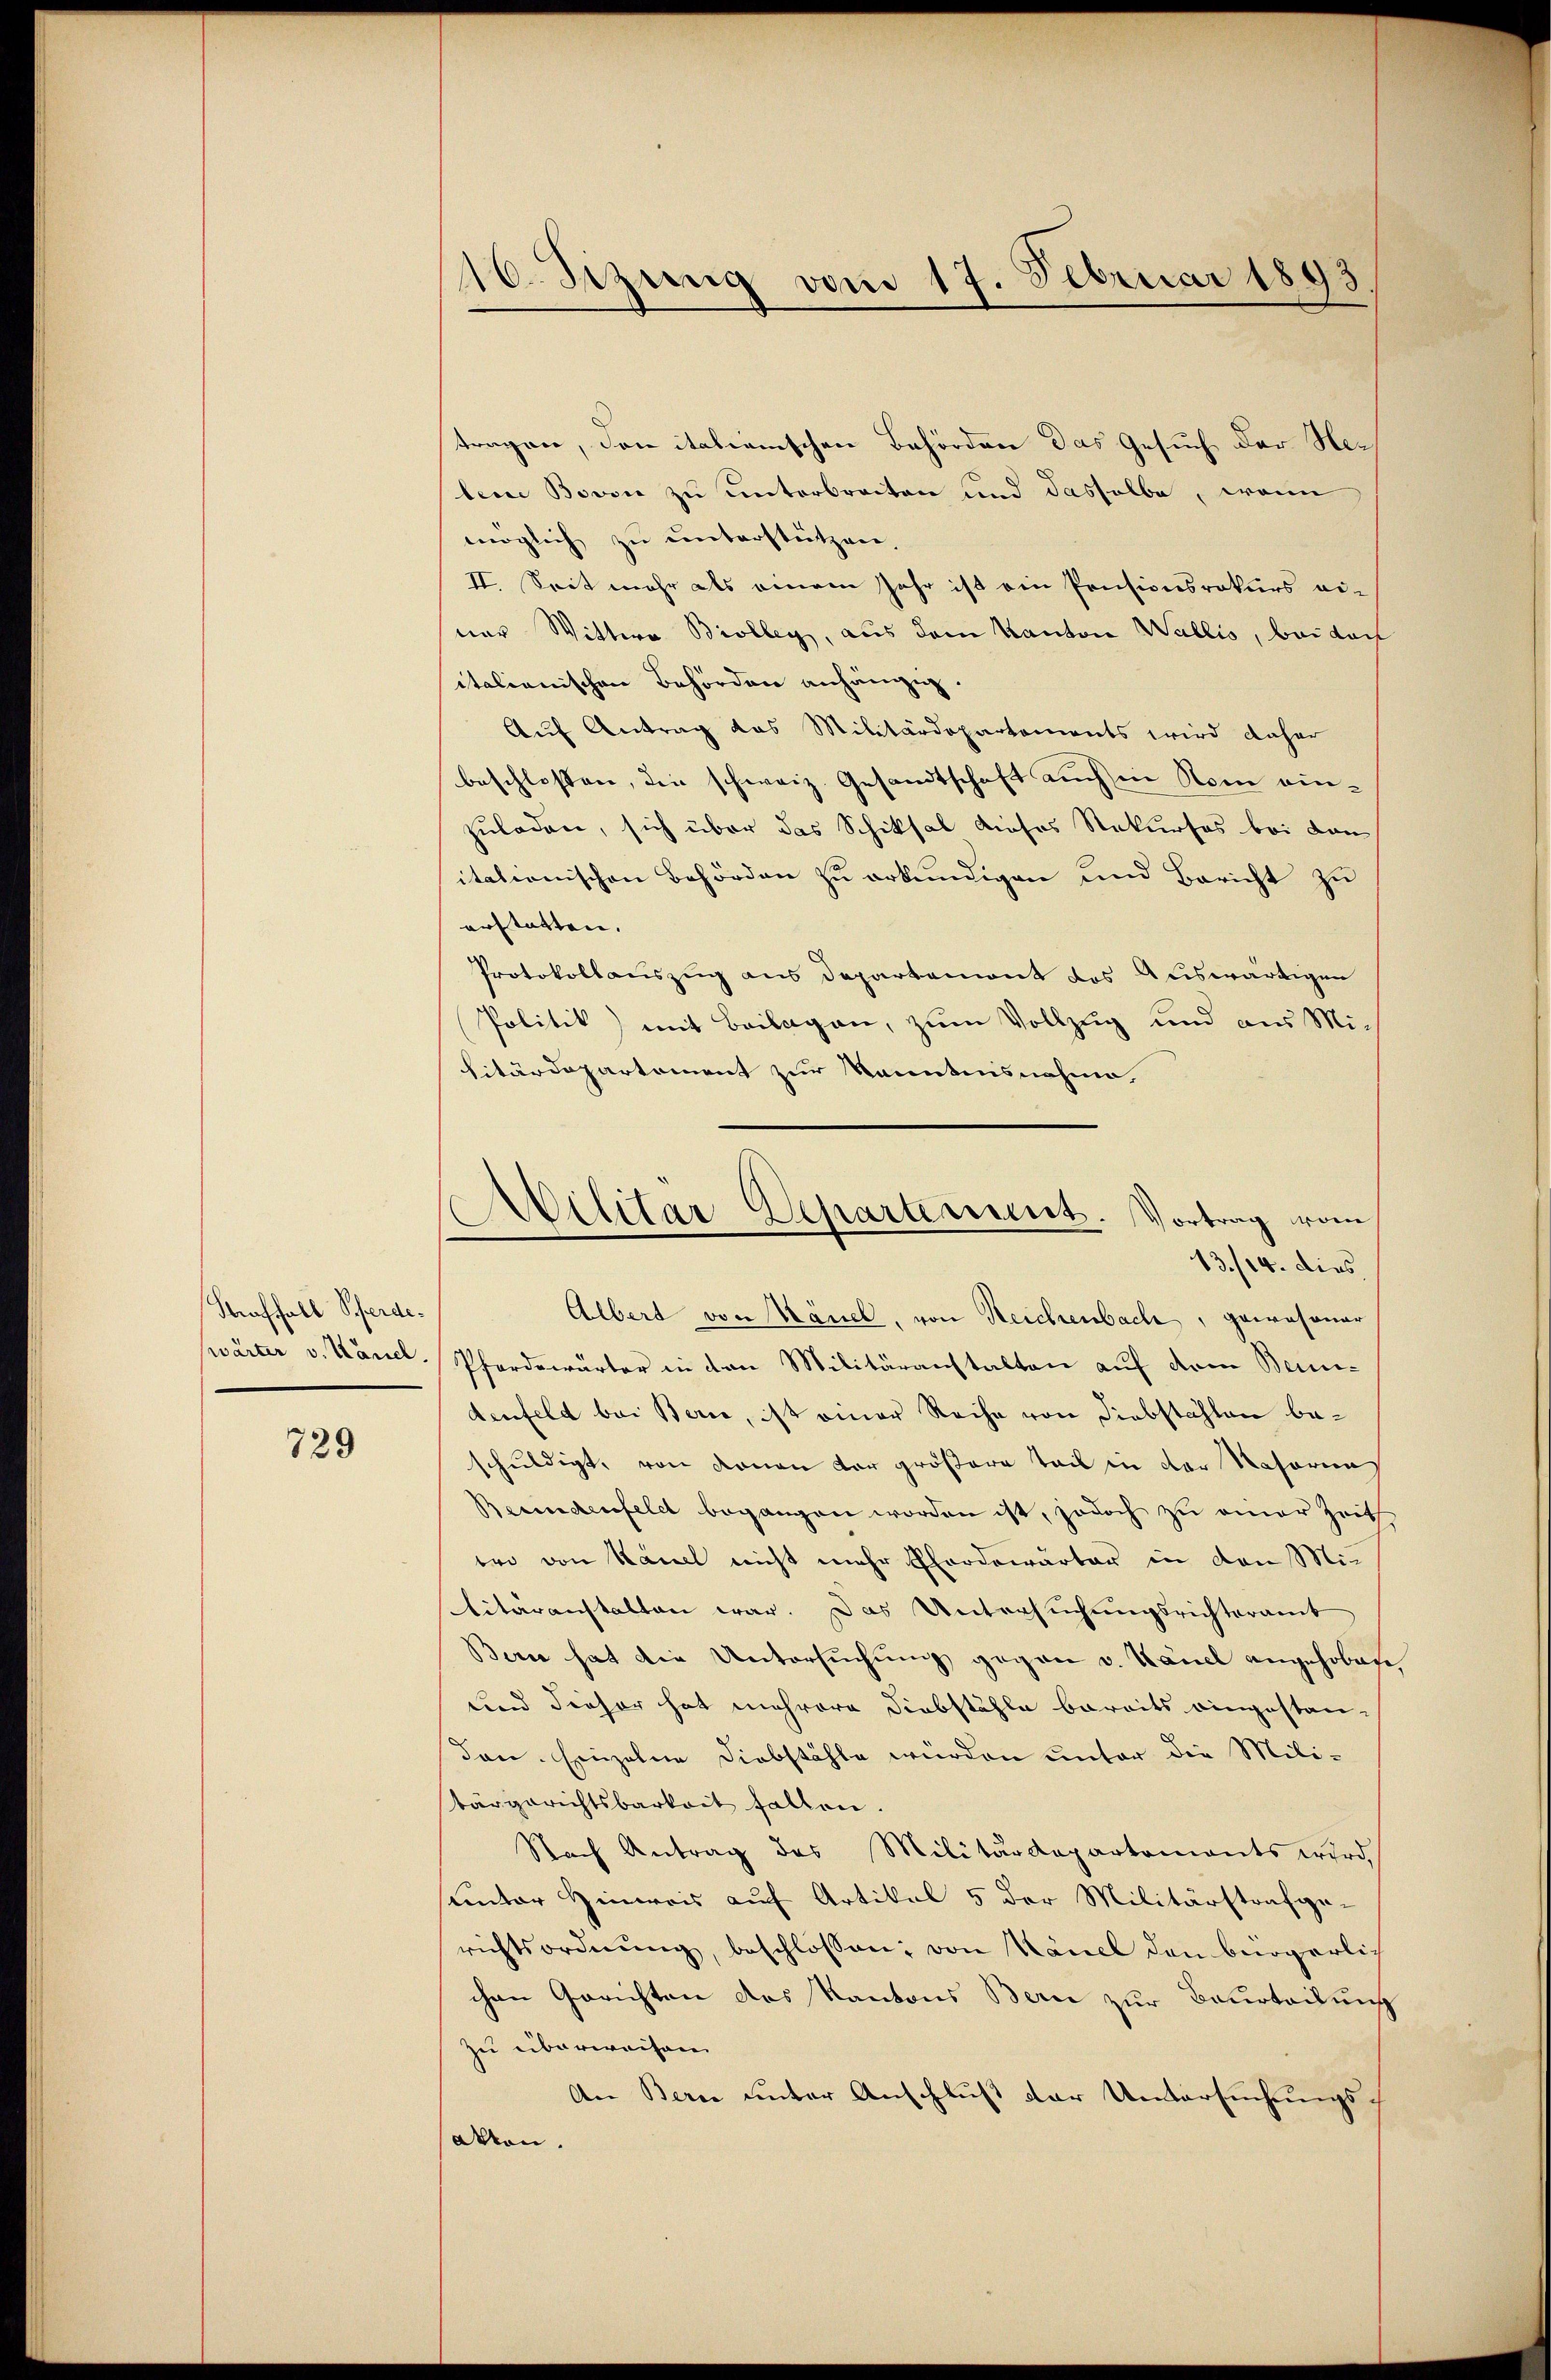
Straffall Scheide¬

729

16. Sizung vom 17. Februar 1893

tragen, den italienischen Behörden das Gesuch der Herlene Bovon zu unterbreiten und dasselbe, wenn
möglich zu unterstützen.
II. Seit mehr als einem Jahr ist ein Pensionsrokurs ei-
ner Wittwe Biolleg, aus dem Kanton Wallis, bei doch
italienischen Behörden anhängig
Auf Antrag das Militärdepartements wird daher
beschlossen, die schweiz. Gesandtschaft auch in Rom einzuladen, sich über das Schiksal dieses Rekurses bei dan
itationischen Behörden zu erkundigen und Bericht zu
erstatten.
Protokollauszug aus Departemont des Auswärtigen
Politik) mit Beilagen, zum Vollzug und aus Militärdepartement zur Kenntnisnahme
Albert von Känel, von Reichenbach, gewesener
wärter v. Känel. Pferdewärter in den Militäranstalten auf dem Beidenfeld bei Bern, ist einer Reihe von Diebstählen beschuldigt, von denen der größere Teil in der Rasornag
Beeindenfeldt begangen worden ist, jedoch zu einer Zeit
bro von Känel nicht mehr Eorderurter in den Miditäranstalten war. Das Untersŭchŭngsrichteramt
Bern hat die Untersuchung gegen v. Känel angehoben
und dieser hat mehrere Diebstähle bereits eingestan-
den. Einzelne Diebstähle würden unter die Militärgerichtsbarkeit fallen.
Nach Antrag des Militärdepartements wird,
sunter Hinweis auf Artikel 5 der Militärstrafgerichtsordnŭng, beschlossen; von Känel den bürgerlich
chen Gerichten des Kantons Bern zur Beurteilung
zu überweisen
An Berne unter Anschluß der Untersuchungssakten.

Militar-Departement. Vortrag vom
13./14. dies